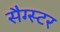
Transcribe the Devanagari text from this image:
सैग्स्टर